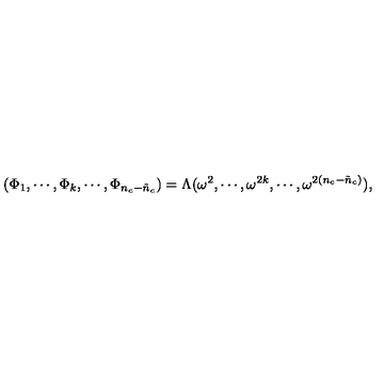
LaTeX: ( \Phi _ { 1 } , \cdots , \Phi _ { k } , \cdots , \Phi _ { n _ { c } - \tilde { n } _ { c } } ) = \Lambda ( \omega ^ { 2 } , \cdots , \omega ^ { 2 k } , \cdots , \omega ^ { 2 ( n _ { c } - \tilde { n } _ { c } ) } ) ,